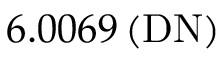
6 . 0 0 6 9 \, ( \mathrm { D N } )